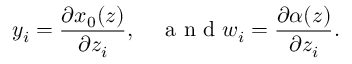
y _ { i } = \frac { \partial x _ { 0 } ( z ) } { \partial z _ { i } } , \quad \mathrm { ~ a ~ n ~ d ~ } w _ { i } = \frac { \partial \alpha ( z ) } { \partial z _ { i } } .